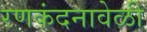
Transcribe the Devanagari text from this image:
रणकंदनावेळी